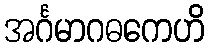
အင်္ဂမာဂဓကေဟိ